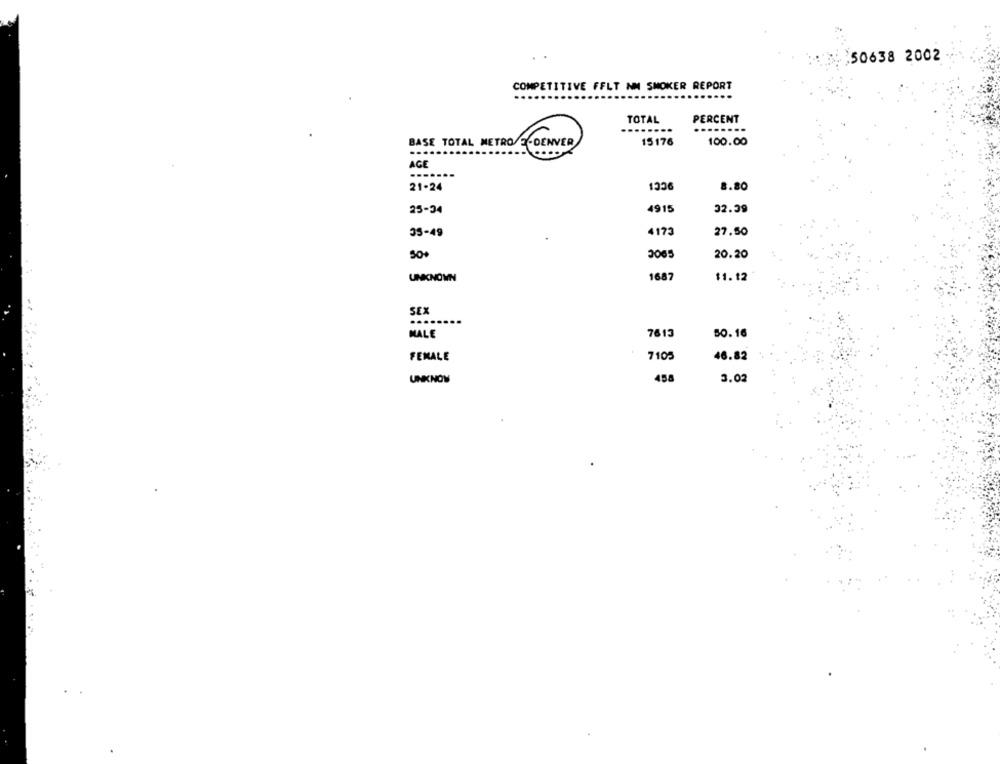
50638 2002
COMPETITIVE FFLT NM SMOKER REPORT
TOTAL
PERCENT
...
BASE TOTAL METRO E-DENVER
15176
100.00
.......
AGE
...
...
OCCI
21-24
8.80
25-34
4915
32.39
35-49
4173
27.50
3065
20.20
1687
UNKNOWN
$1.12
SEX
MALE
7613
50.16
FEMALE
7105
46.82
UNKNOW
458
3.02